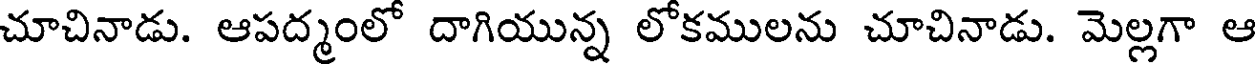
చూచినాడు. ఆపద్మంలో దాగియున్న లోకములను చూచినాడు. మెల్లగా ఆ